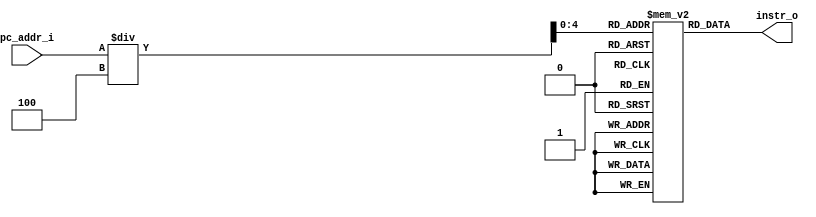
// Class: 109  
module Instr_Memory( pc_addr_i, instr_o	);

//I/O ports
input  [32-1:0]  pc_addr_i;
output [32-1:0]	 instr_o;

//Internal Signals
reg    [32-1:0]	 instr_o;
integer          i;

//32 words Memory
reg    [32-1:0]  Instr_Mem [0:32-1];

//Parameter
    
//Main function
always @(pc_addr_i) begin
	instr_o = Instr_Mem[pc_addr_i/4];
end
    
//Initial Memory Contents
initial begin
    for ( i=0; i<32; i=i+1 )
	    Instr_Mem[i] = 32'b0;
		
end
endmodule